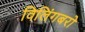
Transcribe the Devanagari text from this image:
विलिंगबरो